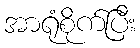
အာရုံစိုက်ပြီး